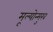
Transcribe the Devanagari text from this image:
मूल्योन्मुख